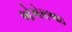
ઓએસઆઇ